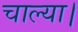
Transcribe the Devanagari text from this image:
चाल्या।